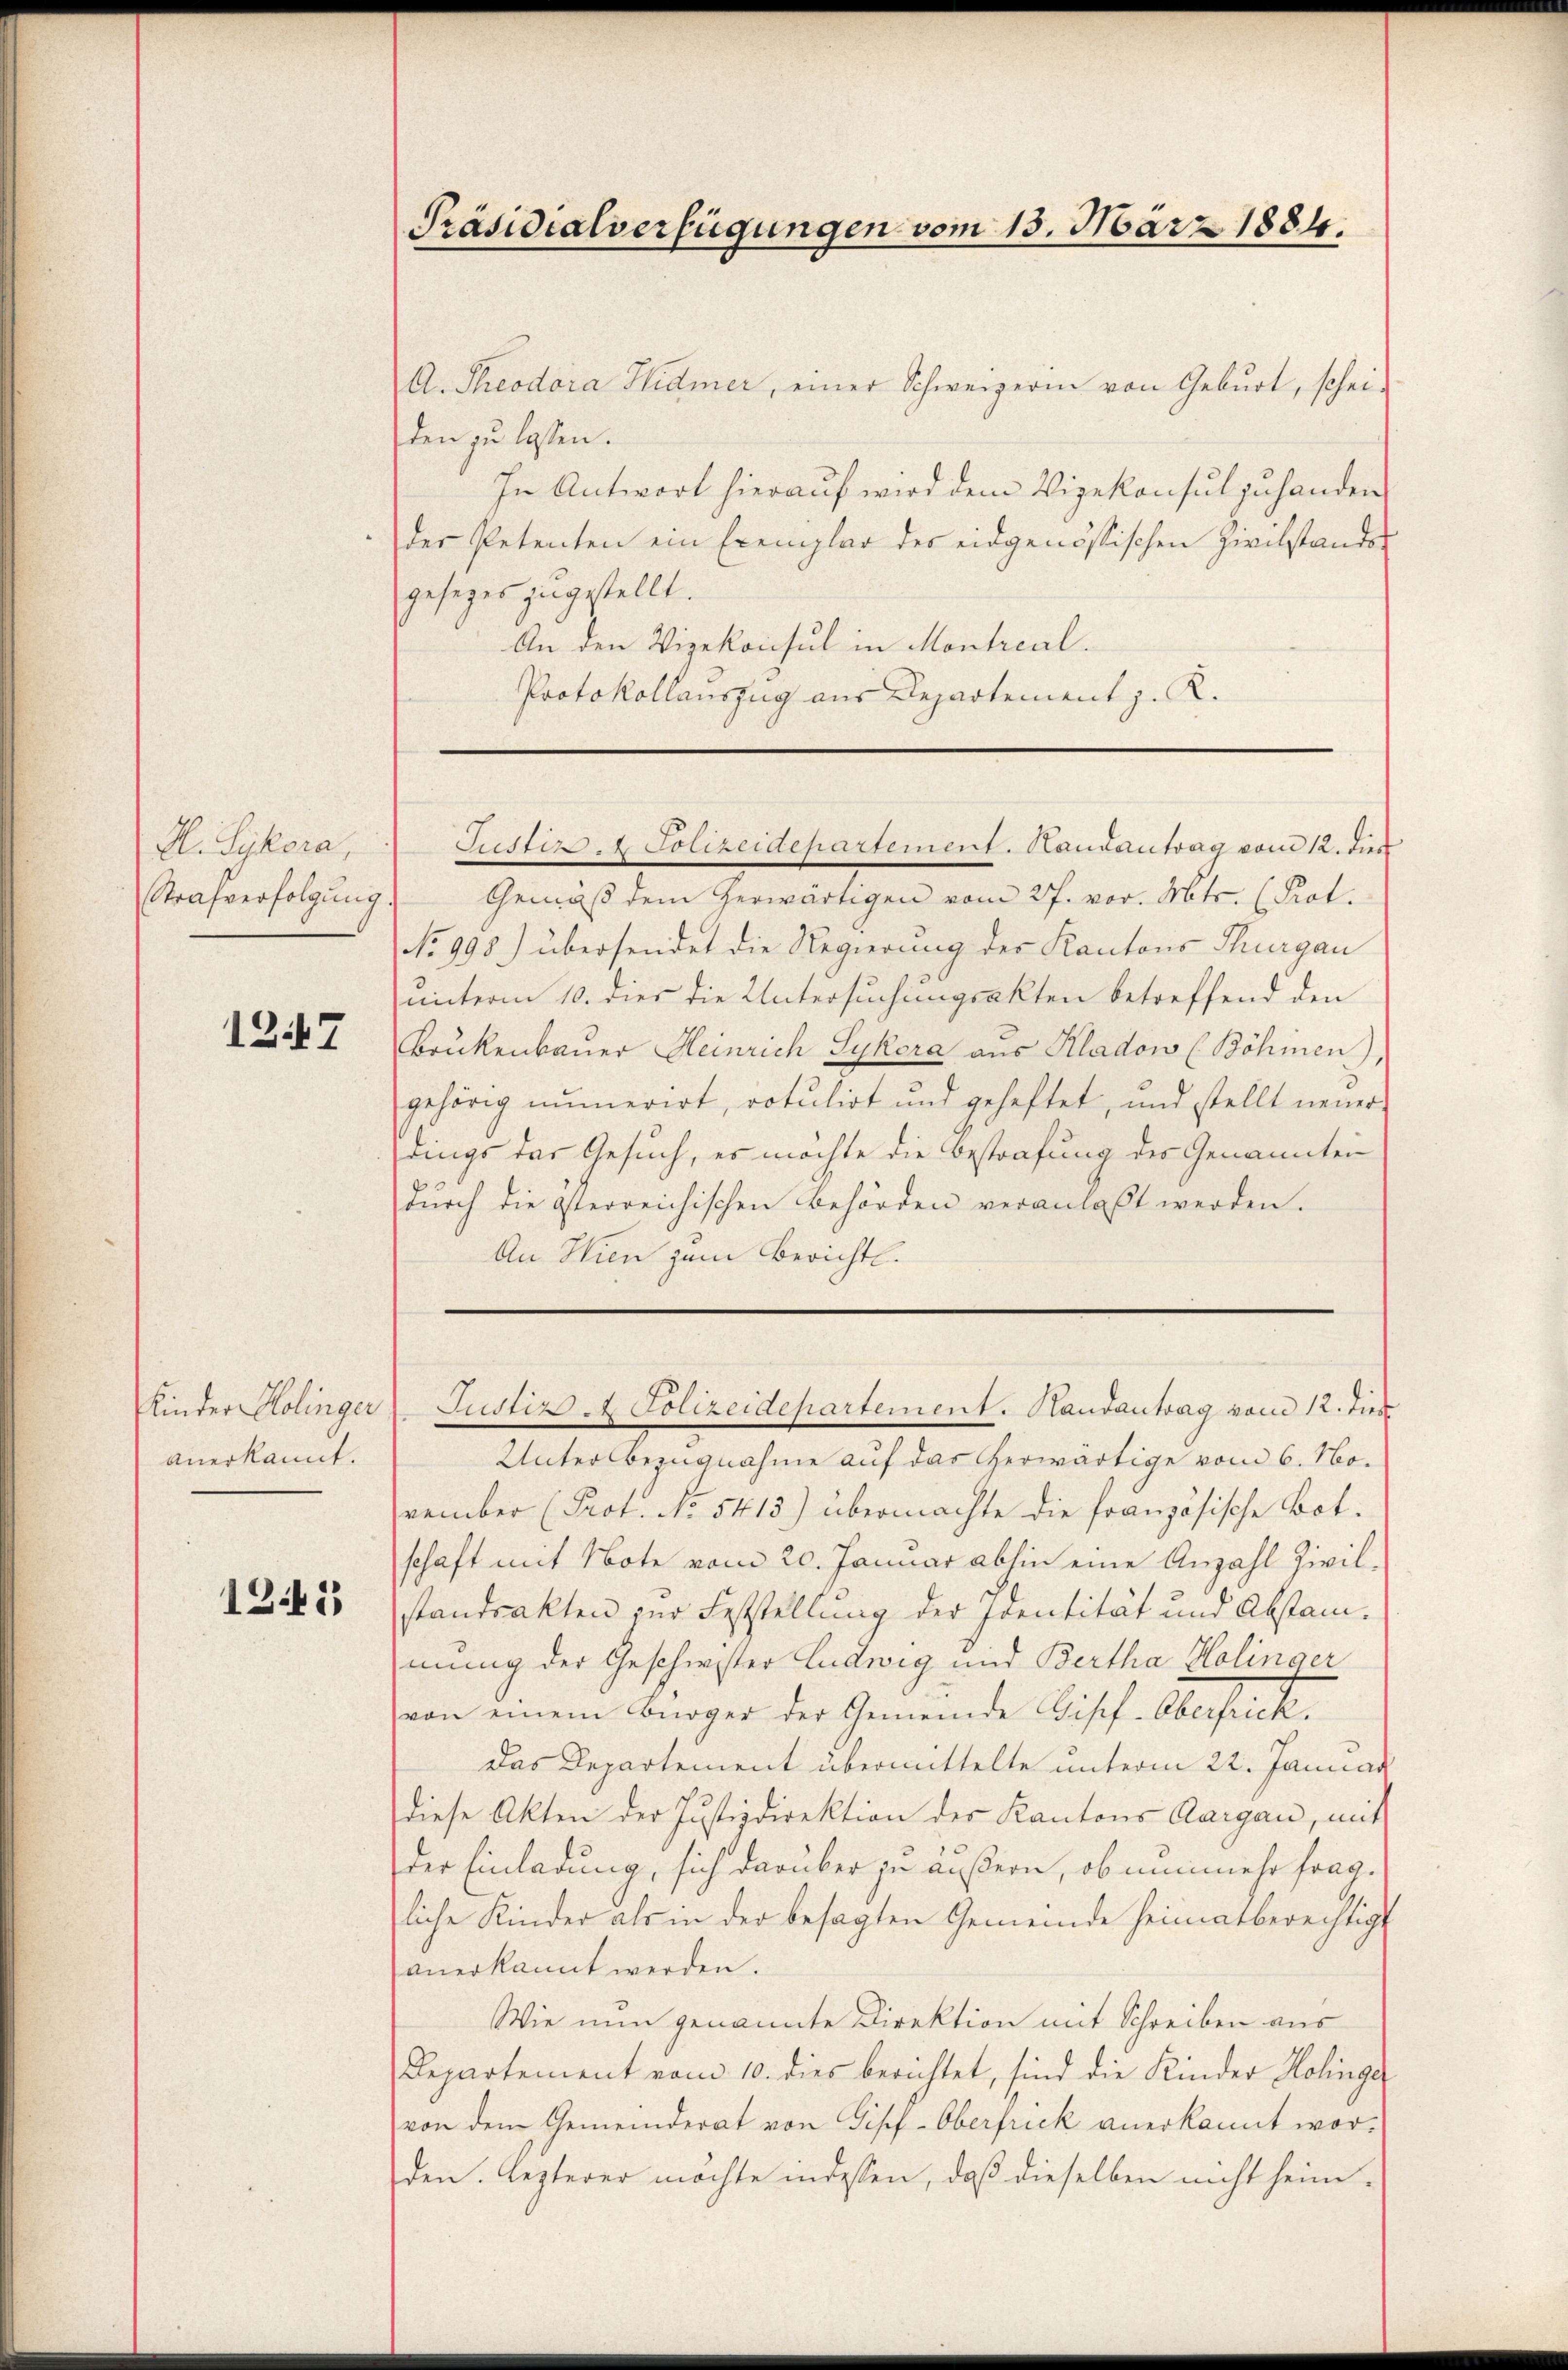
A. Sykora,
Strafverfolgŭng.

1247

anerkannt.

132

Präsidialverfügungen vom 13. März 1884.

A. Theodora Hidmer, einer Schweizerin von Geburt, scheiden zu lassen.
In Antwort hierauf wird dem Vizekonsul zuhanden
der Petenten ein Exemplar des eidgenössischen Zivilstande
gesezes zugestellt.
An den Vizekonsul in Montrcal.
Protokollauszug aus Departement z. R.

Justiz. Polizeidepartement. Handantrag vom 12. dies

Gemäß dem herwärtigen vom 27. vor. Mts. (Prot.
No 998.) übersendet die Regierung der Kantons Thurgau
unterm 10. dies die Untersuchungsakten betreffend den
Brükenbauer Heinrich Sykera aus Kladow (Böhinen),
gehörig numerirt, rotulirt und geheftet, und stellt neuer-
dings der Gesuch, es möchte die Bestrafung des Genannten
durch die österreichischen Behörden veranlaßt werden.
An Wien zum Berichtl.

Unter Bezugnahme auf das herwärtige vom 6. November (Prot. No 5413) übermachte die französische Bot.
schaft mit Note vom 20. Januar abhin eine Anzahl Zivilstandsakten zur Feststellung der Identität und Abstammung der Geschwister Ludwig und Bertha Holinger
von einem Bürger der Gemeinde Gisef-Oberfrick.
das Departement übermittelte unterm 22. Januar
diese Akten der Justizdirektion des Kantons Aargau, mit
der Einladung, sich darüber zu äußern, ob nunmehr fragliche Kinder als in der besagten Gemeinde heimatberechtigt
anerkannt werden.
Wie nun genannte Direktion mit Schreiben aus
Departement vom 10. dies berichtet, sind die Kinder Holinge
von dem Gemeinderat von Gipf-Oberfrick anerkannt worden. Lezterer möchte indessen, daß dieselben nicht heim-

Kinder Kolinger Justiz. Polizeidepartement. Handantrag vom 12. Ties